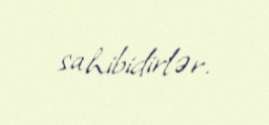
sahibidirlər.